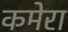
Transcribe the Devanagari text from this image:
कमेरा